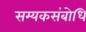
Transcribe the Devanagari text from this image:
सम्यकसंबोधि